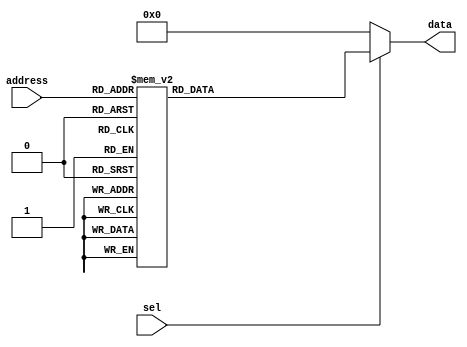
module ROM(address, data, sel);
input [2:0] address;
input sel;
output reg [7:0] data;


    always @ (sel or address) begin
 if (sel == 0)
 data = 8'd00;
       else begin
    case(address)
 0: data = 8'd1;
 1: data = 8'd2;
 2: data = 8'd3;
 3: data = 8'd4;
 4: data = 8'd5;
 5: data = 8'd6;
 6: data = 8'd7;
 7: data = 8'd8;
           endcase
 
        end
		  
		  
     end
	  
 endmodule